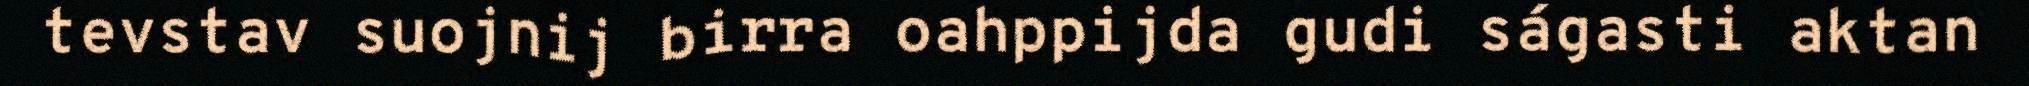
tevstav suojnij birra oahppijda gudi ságasti aktan